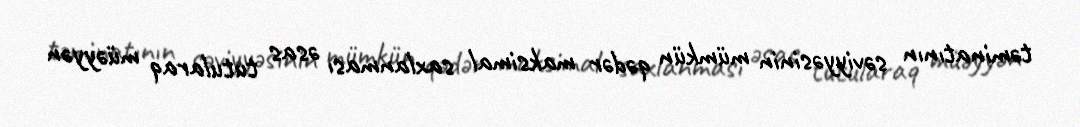
təminatının səviyyəsinin mümkün qədər maksimal saxlanması əsas tutularaq müəyyən